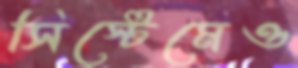
সিস্টেমেও